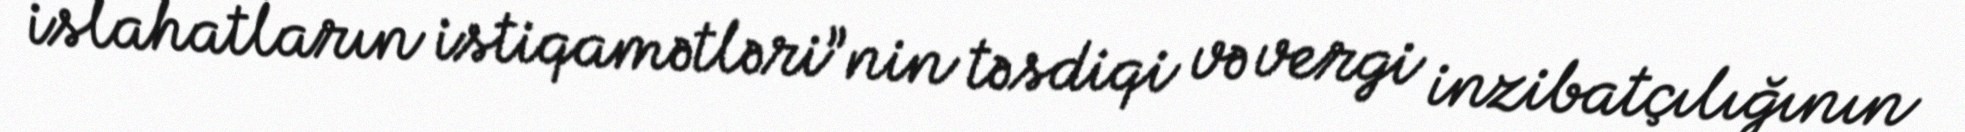
islahatların istiqamətləri”nin təsdiqi və vergi inzibatçılığının